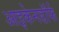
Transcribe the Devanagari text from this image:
आइकेनडॉर्फ